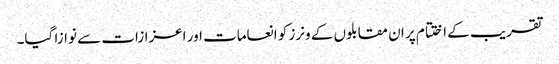
تقریب کے اختتام پر ان مقابلوں کے ونرز کو انعامات اور اعزازات سے نوازا گیا۔